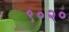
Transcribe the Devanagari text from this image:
९०२०